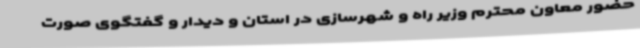
حضور معاون محترم وزیر راه و شهرسازی در استان و دیدار و گفتگوی صورت